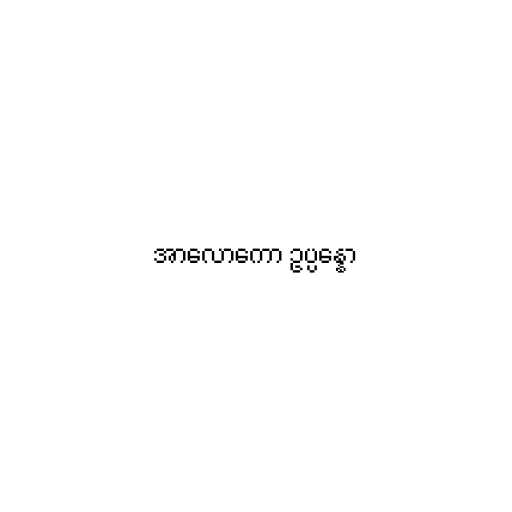
အာလောကော ဥပ္ပန္နော